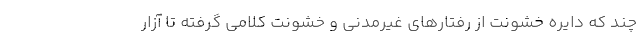
چند که دایره خشونت از رفتارهای غیرمدنی و خشونت کلامی گرفته تا آزار